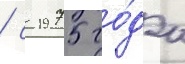
/ с 1975 го́да